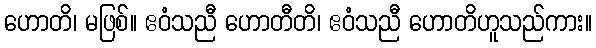
ဟောတိ၊ မဖြစ်။ ဧဝံသညီ ဟောတီတိ၊ ဧဝံသညီ ဟောတိဟူသည်ကား။